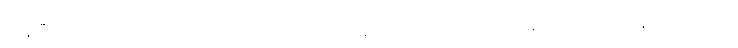
ကုန်ပြီးသော အာသဝေါလည်း ရှိကုန်၏။ အရဟန္တော၊ ပစ္စည်းလေးပါးကို ခံတော်မူထိုက်ကုန်၏။ တေသံ၊